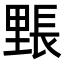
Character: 𮡙